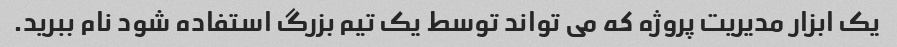
یک ابزار مدیریت پروژه که می تواند توسط یک تیم بزرگ استفاده شود نام ببرید.